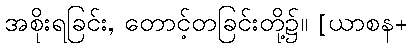
အစိုးရခြင်း, တောင့်တခြင်းတို့၌။ [ယာစန+